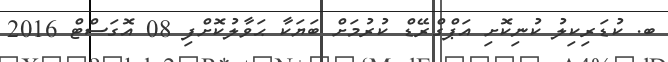
ބ. ކުޑަރިކިލު ކުނިކޮށި އަޕްގްރޭޑް ކުރުމަށް ބަޔަކާ ޙަވާލުކޮށްފި 08 އޮގަސްޓް 2016